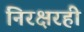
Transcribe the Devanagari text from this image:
निरक्षरही